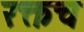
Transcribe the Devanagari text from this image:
रक्तच